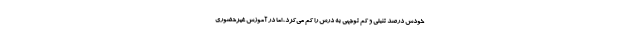
خودش درصد تنبلی و کم توجهی به درس را کم می‌کرد، اما در آموزش غیرحضوری